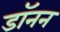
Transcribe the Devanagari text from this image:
डॉनन